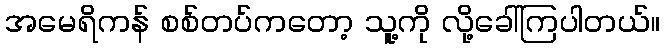
အမေရိကန် စစ်တပ်ကတော့ သူ့ကို လို့ခေါ်ကြပါတယ်။